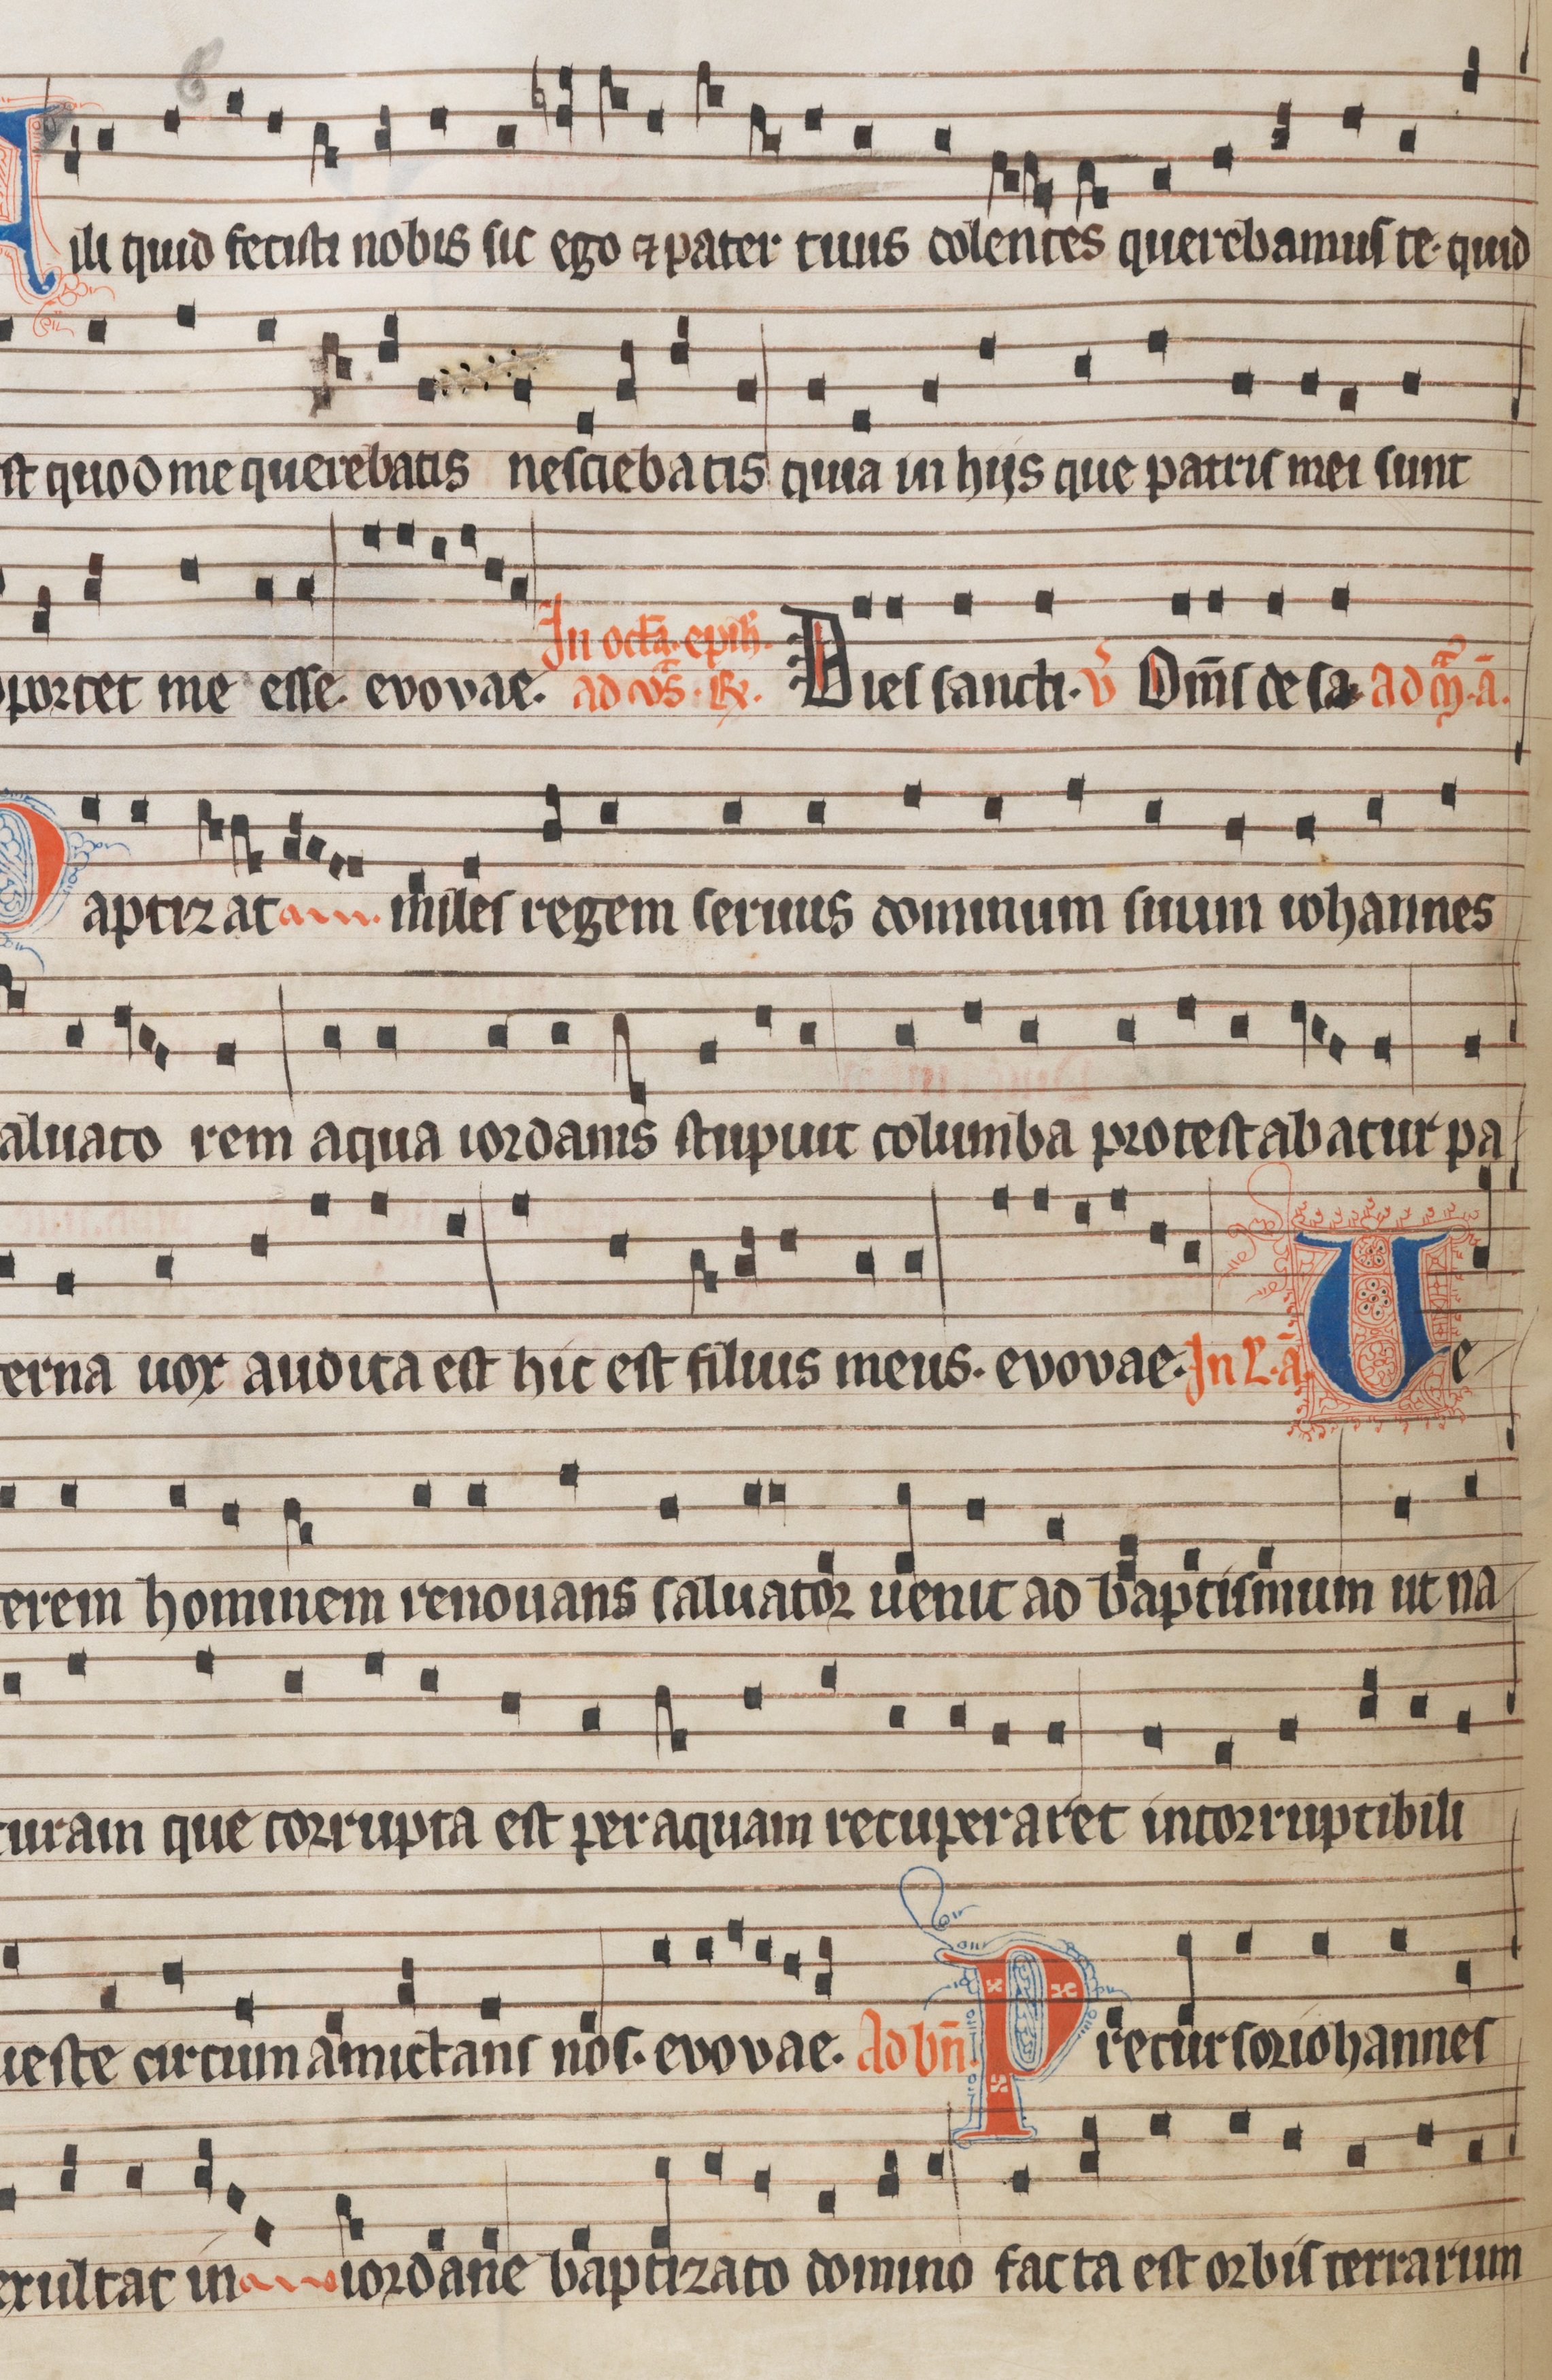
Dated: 1300–1349